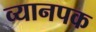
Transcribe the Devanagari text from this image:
व्यानपक